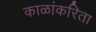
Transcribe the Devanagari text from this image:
काळांकरिता